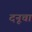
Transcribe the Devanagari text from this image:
दनूचा